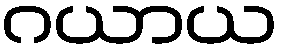
ဂယာယ